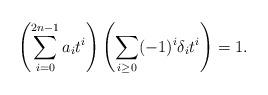
LaTeX: \begin{align*}\left(\sum_{i=0}^{2n-1} a_i t^i \right)\left(\sum_{i \geq 0} (-1)^i \delta_i t^i\right) = 1.\end{align*}